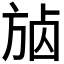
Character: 𣃷